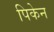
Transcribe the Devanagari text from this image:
पिकेन